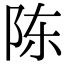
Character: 陈